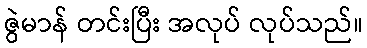
ဇွဲမာန် တင်းပြီး အလုပ် လုပ်သည်။